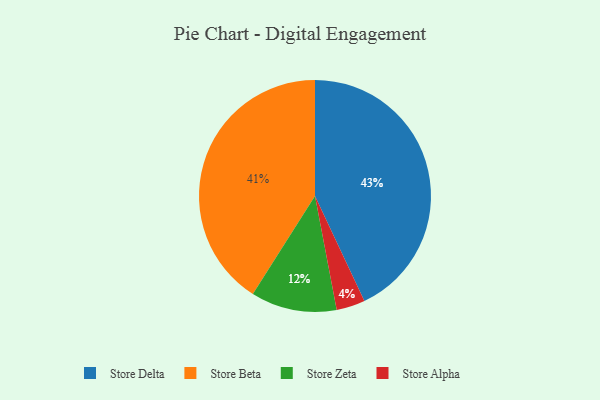
{"axis": {"x": "Category", "y": "Percentage"}, "legend": ["Store Alpha", "Store Beta", "Store Delta", "Store Zeta"], "data": [{"x": "Store Zeta", "y": 12, "type": "Store Zeta"}, {"x": "Store Alpha", "y": 4, "type": "Store Alpha"}, {"x": "Store Beta", "y": 41, "type": "Store Beta"}, {"x": "Store Delta", "y": 43, "type": "Store Delta"}]}